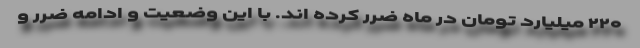
۲۲۰ میلیارد تومان در ماه ضرر کرده اند. با این وضعیت و ادامه ضرر و